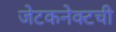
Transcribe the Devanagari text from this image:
जेटकनेक्टची